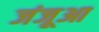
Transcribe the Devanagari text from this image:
जंजूआ